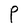
Character: P